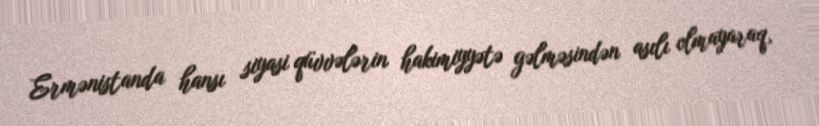
Ermənistanda hansı siyasi qüvvələrin hakimiyyətə gəlməsindən asılı olmayaraq,